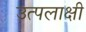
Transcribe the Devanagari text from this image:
उत्पलाक्षी